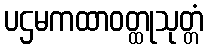
ပဌမကထာဝတ္ထုသုတ္တံ